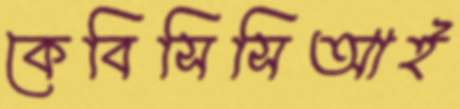
কেবিসিসিআই